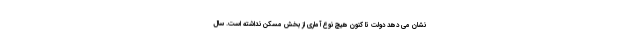
نشان می دهد دولت تا کنون هیچ نوع آماری از بخش مسکن نداشته است. سال